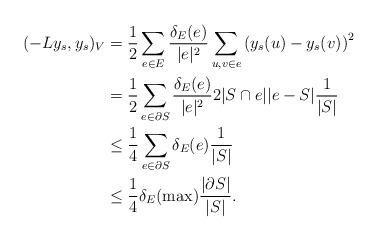
LaTeX: \begin{align*} (-Ly_s,y_s)_V&=\frac{1}{2}\sum\limits_{e\in E}\frac{\delta_E(e)}{|e|^2}\sum\limits_{u,v\in e}\left(y_s(u)-y_s(v)\right)^2\\ &=\frac{1}{2}\sum\limits_{e\in \partial S}\frac{\delta_E(e)}{|e|^2}2|S\cap e||e-S|\frac{1}{|S|}\\ &\le\frac{1}{4}\sum\limits_{e\in \partial S}\delta_E(e)\frac{1}{|S|} \\ &\le \frac{1}{4}\delta_E(\max)\frac{|\partial S|}{|S|}.\end{align*}